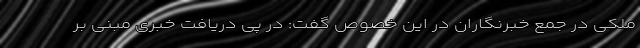
ملکی در جمع خبرنگاران در این خصوص گفت: در پی دریافت خبری مبنی بر